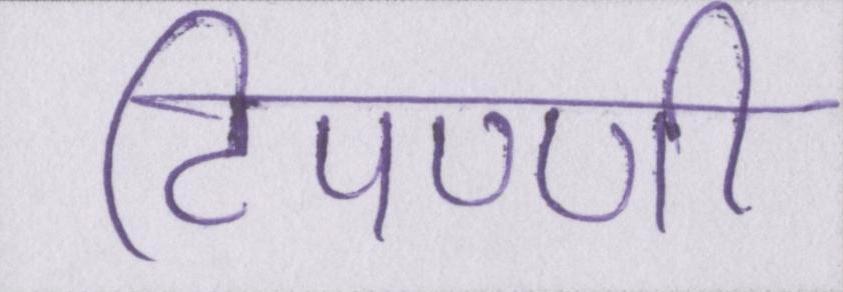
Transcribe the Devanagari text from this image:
टिपण्णी